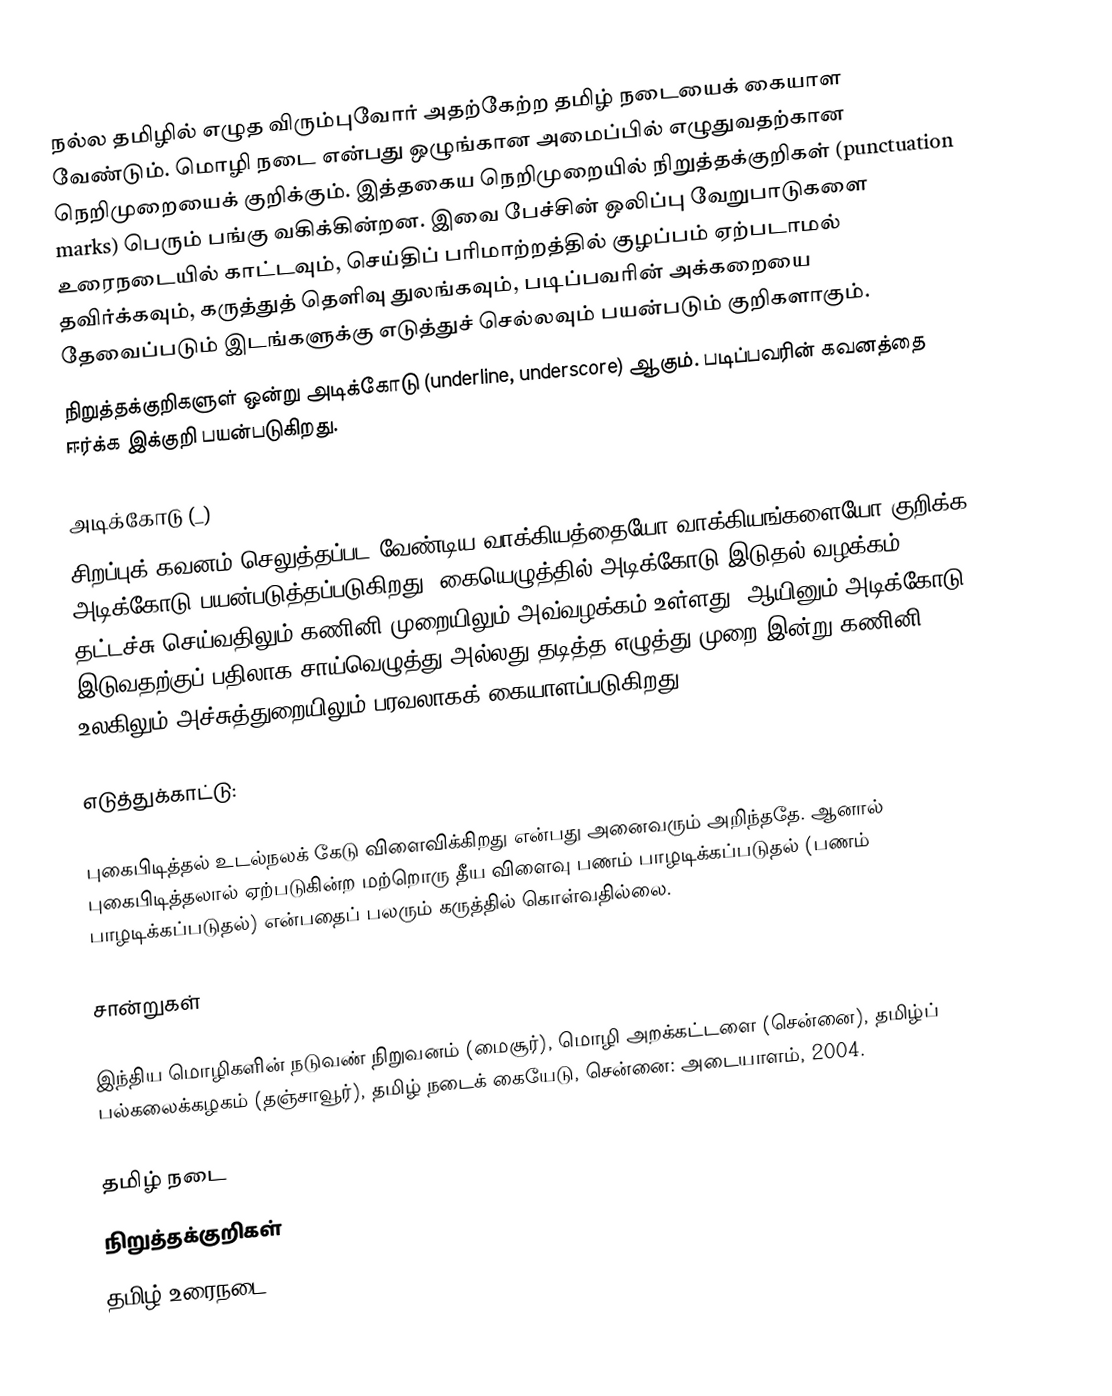
நல்ல தமிழில் எழுத விரும்புவோர் அதற்கேற்ற தமிழ் நடையைக் கையாள வேண்டும். மொழி நடை என்பது ஒழுங்கான அமைப்பில் எழுதுவதற்கான நெறிமுறையைக் குறிக்கும். இத்தகைய நெறிமுறையில்  நிறுத்தக்குறிகள் (punctuation marks) பெரும் பங்கு வகிக்கின்றன. இவை பேச்சின் ஒலிப்பு வேறுபாடுகளை உரைநடையில் காட்டவும், செய்திப் பரிமாற்றத்தில் குழப்பம் ஏற்படாமல் தவிர்க்கவும், கருத்துத் தெளிவு துலங்கவும், படிப்பவரின் அக்கறையை தேவைப்படும் இடங்களுக்கு எடுத்துச் செல்லவும் பயன்படும் குறிகளாகும்.
நிறுத்தக்குறிகளுள் ஒன்று அடிக்கோடு (underline, underscore) ஆகும். படிப்பவரின் கவனத்தை ஈர்க்க இக்குறி பயன்படுகிறது.

அடிக்கோடு (_)
சிறப்புக் கவனம் செலுத்தப்பட வேண்டிய வாக்கியத்தையோ வாக்கியங்களையோ குறிக்க அடிக்கோடு பயன்படுத்தப்படுகிறது. கையெழுத்தில் அடிக்கோடு இடுதல் வழக்கம். தட்டச்சு செய்வதிலும் கணினி முறையிலும் அவ்வழக்கம் உள்ளது. ஆயினும் அடிக்கோடு இடுவதற்குப் பதிலாக சாய்வெழுத்து அல்லது தடித்த எழுத்து முறை இன்று கணினி உலகிலும் அச்சுத்துறையிலும் பரவலாகக் கையாளப்படுகிறது.

எடுத்துக்காட்டு:

புகைபிடித்தல் உடல்நலக் கேடு விளைவிக்கிறது என்பது அனைவரும் அறிந்ததே. ஆனால் புகைபிடித்தலால் ஏற்படுகின்ற மற்றொரு தீய விளைவு பணம் பாழடிக்கப்படுதல் (பணம் பாழடிக்கப்படுதல்) என்பதைப் பலரும் கருத்தில் கொள்வதில்லை.

சான்றுகள்

 இந்திய மொழிகளின் நடுவண் நிறுவனம் (மைசூர்), மொழி அறக்கட்டளை (சென்னை), தமிழ்ப் பல்கலைக்கழகம் (தஞ்சாவூர்), தமிழ் நடைக் கையேடு, சென்னை: அடையாளம், 2004.

தமிழ் நடை
நிறுத்தக்குறிகள்
தமிழ் உரைநடை